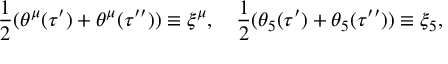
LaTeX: \frac 1 2 ( \theta ^ { \mu } ( \tau ^ { \prime } ) + \theta ^ { \mu } ( \tau ^ { \prime \prime } ) ) \equiv \xi ^ { \mu } , \quad \frac 1 2 ( \theta _ { 5 } ( \tau ^ { \prime } ) + \theta _ { 5 } ( \tau ^ { \prime \prime } ) ) \equiv \xi _ { 5 } ,